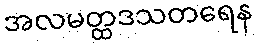
အလမတ္ထဒသတရေန